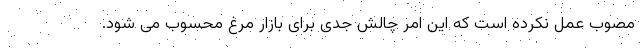
مصوب عمل نکرده است که این امر چالش جدی برای بازار مرغ محسوب می شود.